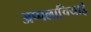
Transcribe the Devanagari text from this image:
अप्पलाचियाई